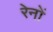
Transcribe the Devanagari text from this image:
रेनों